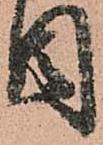
目